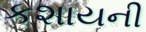
કશાયની